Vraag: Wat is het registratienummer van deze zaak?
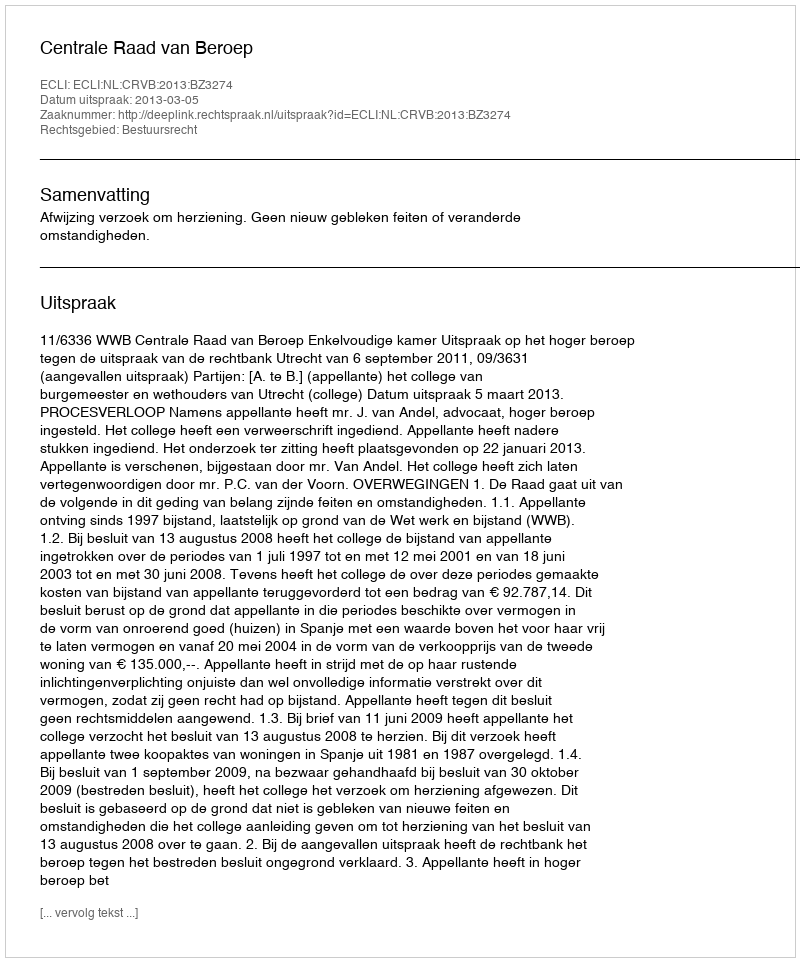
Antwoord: http://deeplink.rechtspraak.nl/uitspraak?id=ECLI:NL:CRVB:2013:BZ3274